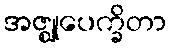
အဇ္ဈုပေက္ခိတာ